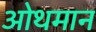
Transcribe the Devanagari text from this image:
ओथमान